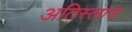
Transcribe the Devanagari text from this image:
अतिस्लास